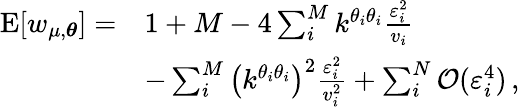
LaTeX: \begin{array}{rl}{\mathrm{E}[w_{\mu,\boldsymbol{\theta}}]=}&{1+M-4\sum_{i}^{M}k^{\theta_{i}\theta_{i}}\frac{\varepsilon_{i}^{2}}{v_{i}}}\\ &{-\sum_{i}^{M}\left(k^{\theta_{i}\theta_{i}}\right)^{2}\frac{\varepsilon_{i}^{2}}{v_{i}^{2}}+\sum_{i}^{N}\mathcal{O}(\varepsilon_{i}^{4})\, ,}\end{array}